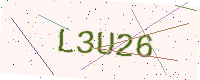
Text: L3U26